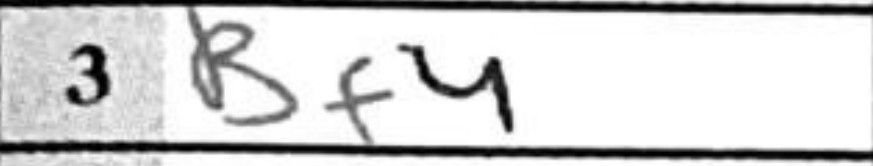
Transcription: Bf4